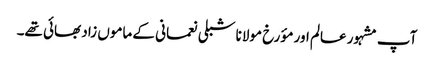
آپ مشہور عالم اور مؤرخ مولانا شبلی نعمانی کے ماموں زاد بھائی تھے۔